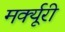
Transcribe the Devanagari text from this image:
मर्क्यूरी